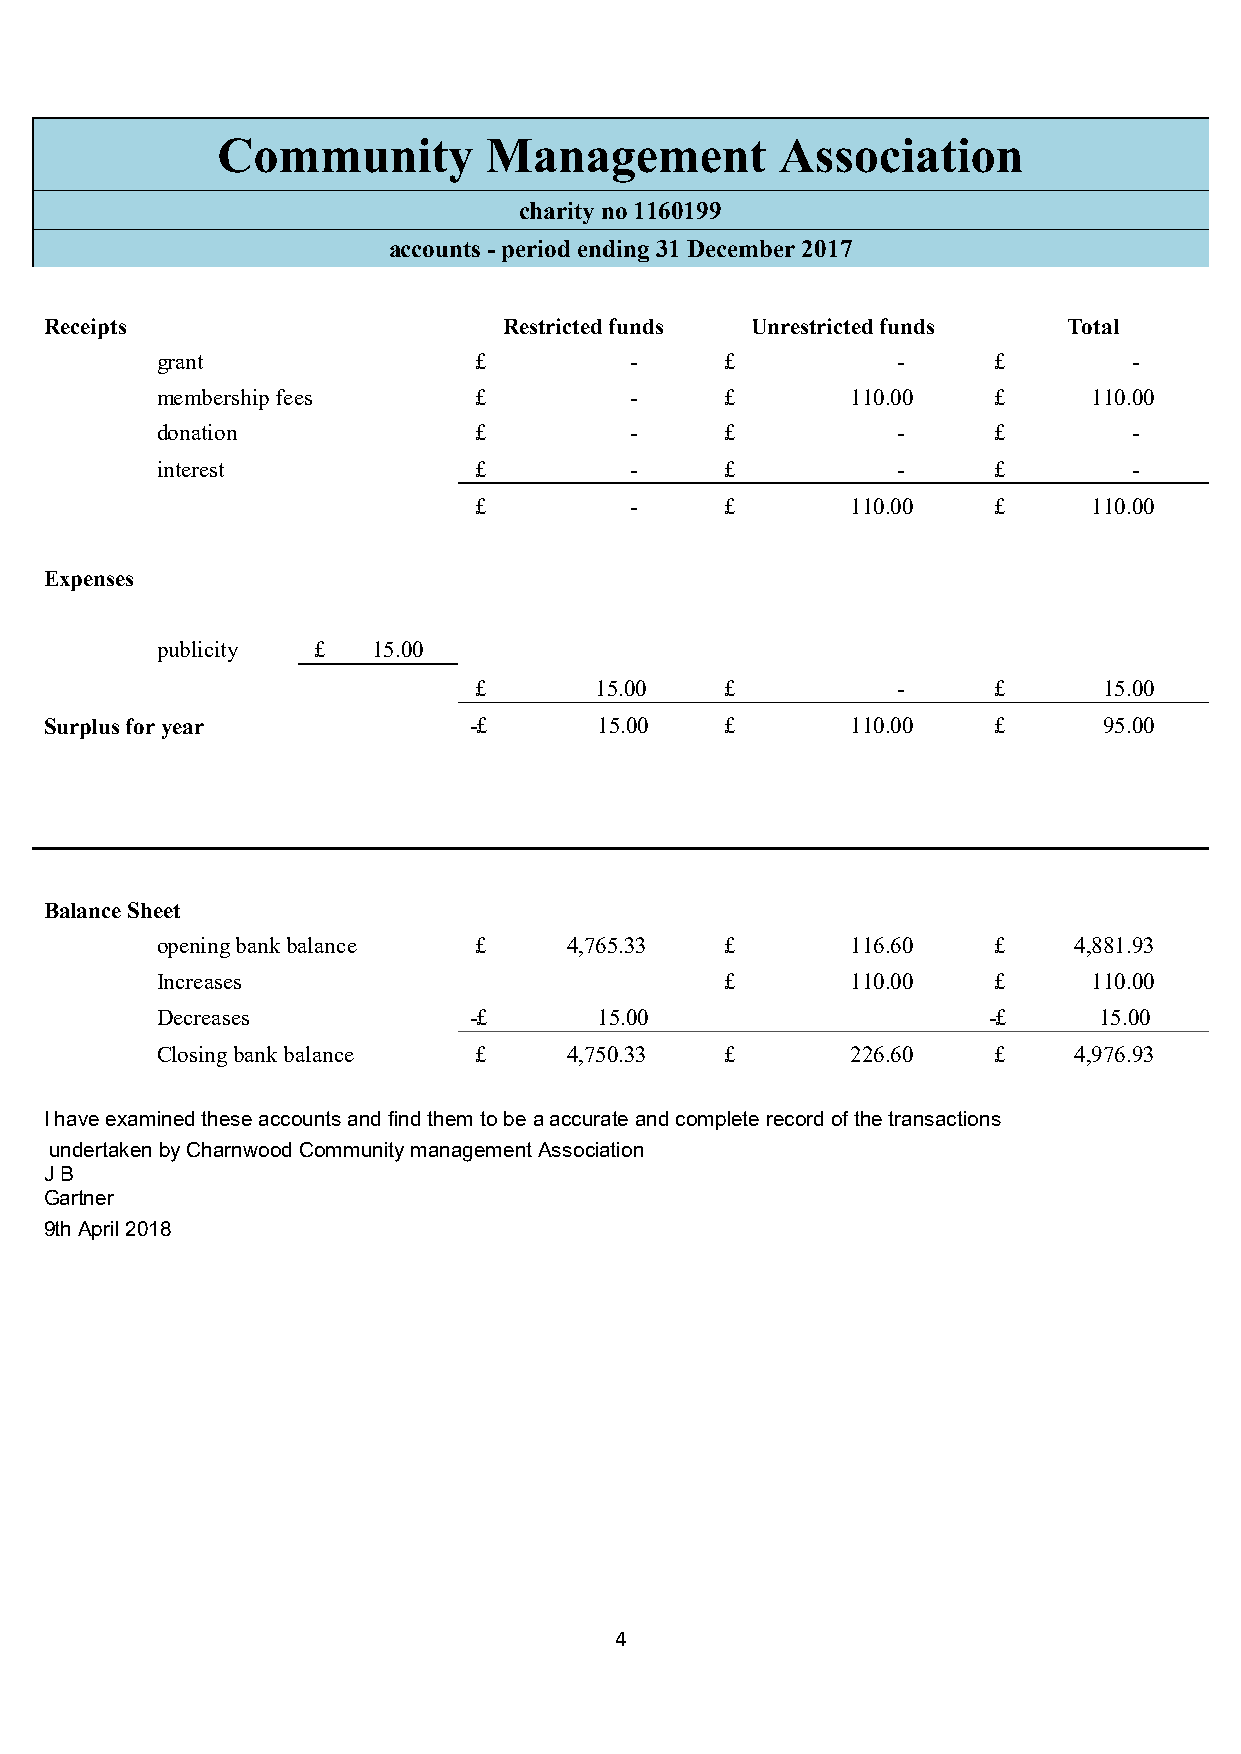
Community         Management          Association
 charity no 1160199
 accounts - period ending 31 December 2017
 Receipts                      Restricted funds Unrestricted funds   Total
 grant                £          -     £          -      £        -
 membership fees      £          -     £       110.00    £     110.00
 donation             £          -     £          -      £        -
 interest             £          -     £          -      £        -
 £          -     £       110.00    £     110.00
 Expenses
 publicity  £   15.00
 £       15.00    £          -      £      15.00
 Surplus for year            -£       15.00   £       110.00    £      95.00
 Balance Sheet
 opening bank balance £      4,765.33  £       116.60    £    4,881.93
 Increases                             £       110.00    £     110.00
 Decreases            -£       15.00                    -£      15.00
 Closing bank balance £      4,750.33  £       226.60    £    4,976.93
 I have examined these accounts and find them to be a accurate and complete record of the transactions
 undertaken by Charnwood Community management Association
 J B
 Gartner
 9th April 2018
 4